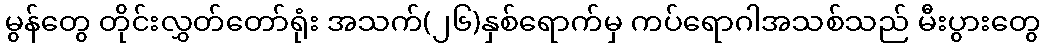
မွန်တွေ တိုင်းလွှတ်တော်ရုံး အသက်(၂၆)နှစ်ရောက်မှ ကပ်ရောဂါအသစ်သည် မီးပွားတွေ